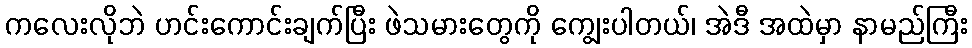
ကလေးလိုဘဲ ဟင်းကောင်းချက်ပြီး ဖဲသမားတွေကို ကျွေးပါတယ်၊ အဲဒီ အထဲမှာ နာမည်ကြီး